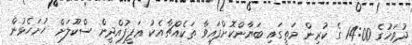
ދުވަހުގެ 14:00 ގެ ކުރިން މަތީގައި ބަޔާންކޮށްފައިވާ ތަކެއްޗާއެކު ޢަފީފުއްދީން ސްކޫލަށް ހުށަހެޅުން